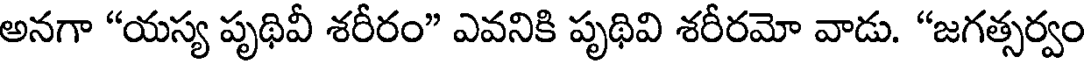
అనగా "యస్య పృథివీ శరీరం" ఎవనికి పృథివి శరీరమో వాడు. "జగత్సర్వం